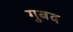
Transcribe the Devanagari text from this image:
गुबद